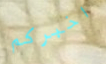
اخبركم